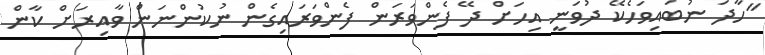
"ހާދަ ނުބައިވަހެކޭ ދުވަނީ އިހަށް ދޭ ފެންވަރަން ފެންވަރައިގެން ނުކުންނަން ވާއިރަށް ކާން